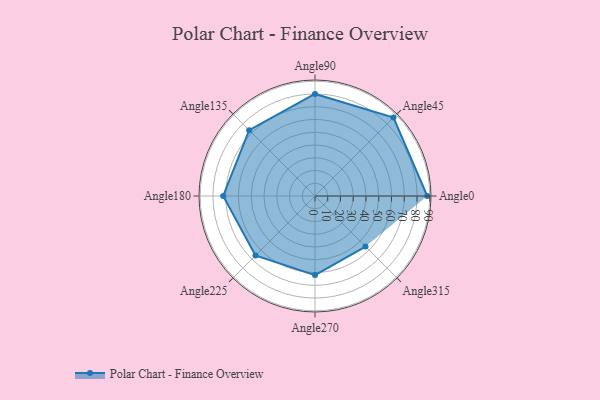
{"axis": {"x": "Angle", "y": "Radius"}, "legend": [""], "data": [{"x": "Angle0", "y": 88.0, "type": ""}, {"x": "Angle45", "y": 87.0, "type": ""}, {"x": "Angle90", "y": 80.0, "type": ""}, {"x": "Angle135", "y": 73.0, "type": ""}, {"x": "Angle180", "y": 72.0, "type": ""}, {"x": "Angle225", "y": 66.0, "type": ""}, {"x": "Angle270", "y": 62.0, "type": ""}, {"x": "Angle315", "y": 56.0, "type": ""}]}